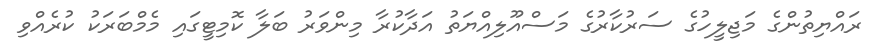
ރައްޔިތުންގެ މަޖިލީހުގެ ސަރުކާރުގެ މަސްއޫލިއްޔަތު އަދާކުރާ މިންވަރު ބަލާ ކޮމިޓީގައި މެމްބަރަކު ކުރެއްވި